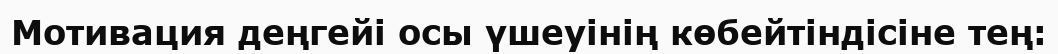
Мотивация деңгейі осы үшеуінің көбейтіндісіне тең: